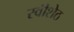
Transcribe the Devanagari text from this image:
रवीशेठ